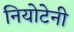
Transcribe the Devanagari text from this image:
नियोटेनी